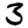
Digit: 3